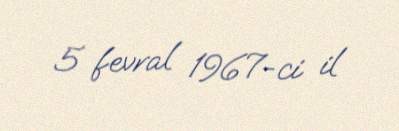
5 fevral 1967-ci il